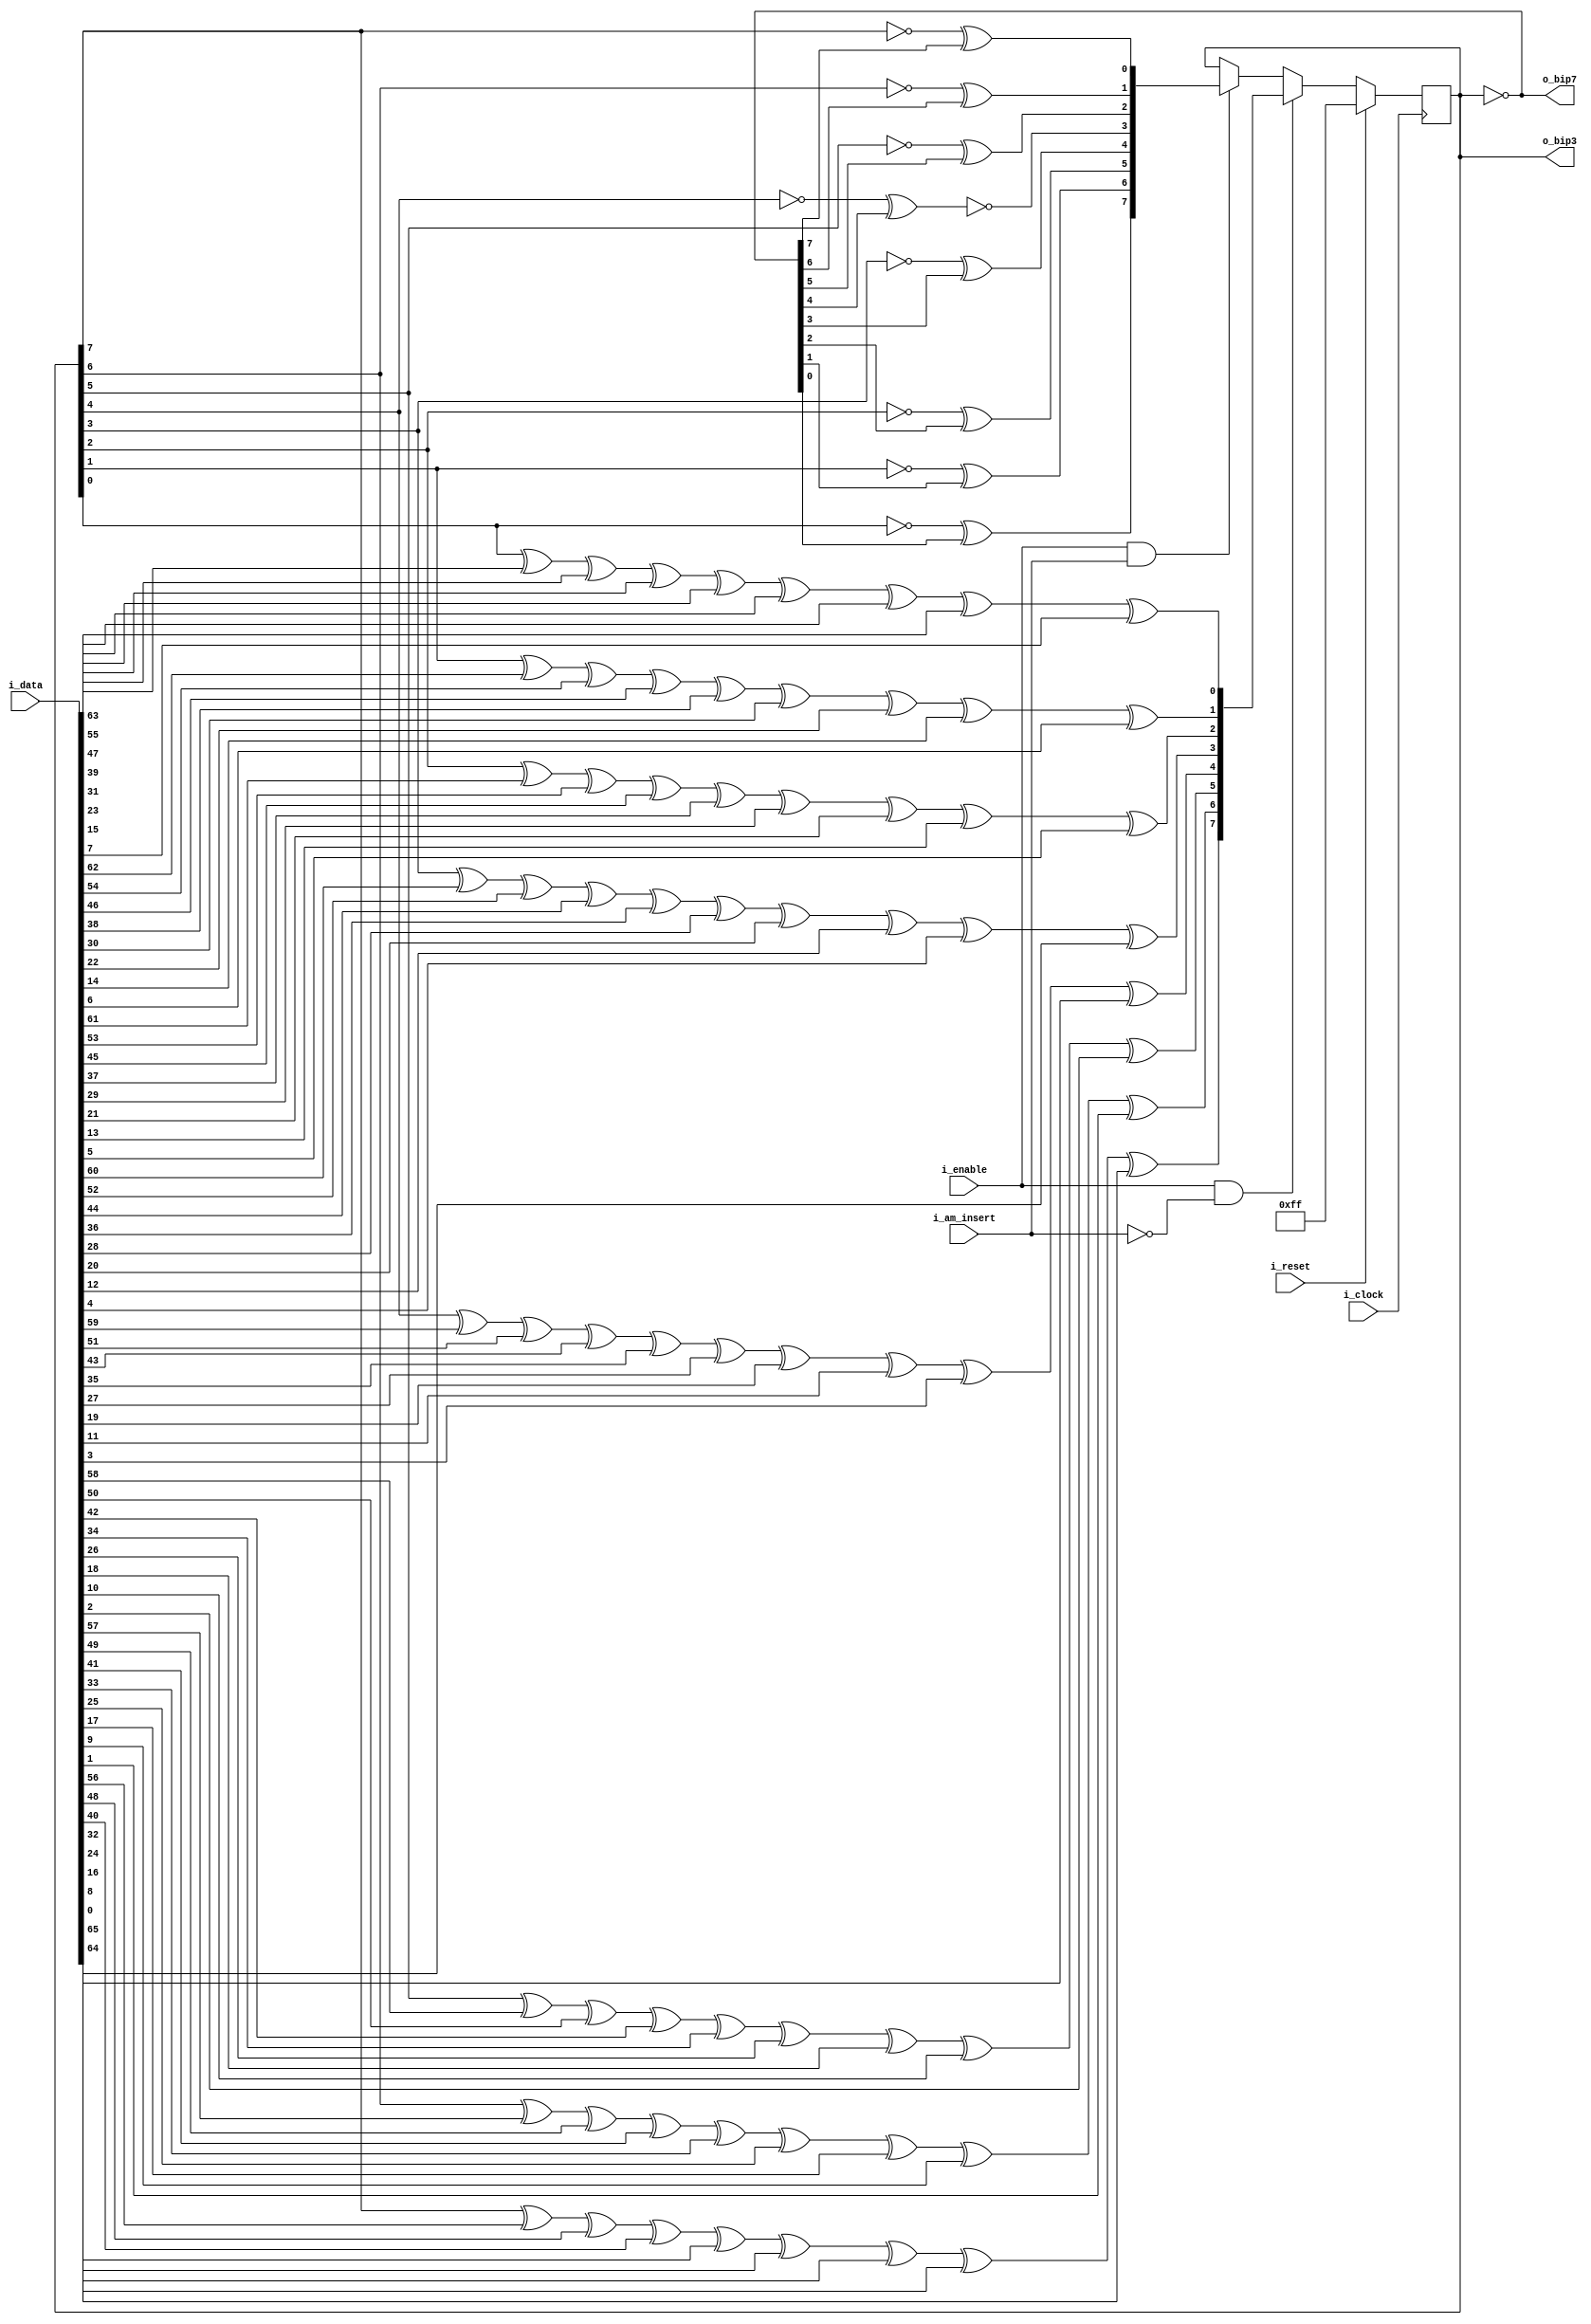

/*
  Calculadora de paridad intercalada
*/

module bip_calculator
#(
    parameter LEN_CODED_BLOCK = 66,
    parameter AM_ENCODING_LOW  = 24'd0, //{M0,M1,M2} tabla 82-2
	parameter AM_ENCODING_HIGH = 24'd0,  //{M4,M5,M6} tabla 82-2
    parameter NB_BIP = 8
 )
 (
    input wire                          i_clock,
    input wire                          i_reset,
    input wire  [LEN_CODED_BLOCK-1 : 0] i_data,
    input wire                          i_enable,
    input wire				            i_am_insert,

    output wire [NB_BIP-1 : 0]          o_bip3,
    output wire [NB_BIP-1 : 0]          o_bip7
 );


localparam CTRL_SH = 2'b10;

//INTERNAL SIGNALS
integer i;
reg  [0 : LEN_CODED_BLOCK-1] data;
reg  [NB_BIP-1 : 0] bip,bip_next,bip_rst;
reg  [0 : LEN_CODED_BLOCK-1] am_inv;
reg  [LEN_CODED_BLOCK-1: 0] am_block;


//PORTS
assign o_bip3 = bip;
assign o_bip7 = ~bip;


//Update state
always @ (posedge i_clock)
 begin
    if(i_reset) //[CHECK]
        bip <= {8{1'b1}};
    else if (i_enable && ~i_am_insert)
        bip <= bip_next;
    else if (i_enable && i_am_insert)
    	bip <= bip_rst;
 end

//Parity calculation
always @ *
begin
    bip_next 	= bip[NB_BIP-1 : 0];
    bip_rst 	= {NB_BIP{1'b1}};
    //am_block 	= data <= {CTRL_SH,AM_ENCODING_LOW,bip,AM_ENCODING_HIGH,~bip};
    am_block 	= {CTRL_SH,AM_ENCODING_LOW,bip,AM_ENCODING_HIGH,~bip};
    am_inv 		= am_block;

    data = i_data;
    for(i=0; i<((LEN_CODED_BLOCK-2)/8); i=i+1)
    begin
           bip_next[0] = bip_next[0] ^ data[2+(8*i)] ;
           bip_next[1] = bip_next[1] ^ data[3+(8*i)] ;
           bip_next[2] = bip_next[2] ^ data[4+(8*i)] ;
           bip_next[3] = bip_next[3] ^ data[5+(8*i)] ;
           bip_next[4] = bip_next[4] ^ data[6+(8*i)] ;
           bip_next[5] = bip_next[5] ^ data[7+(8*i)] ;
           bip_next[6] = bip_next[6] ^ data[8+(8*i)] ;
           bip_next[7] = bip_next[7] ^ data[9+(8*i)] ;
   end
   bip_next[3] =bip_next[3] ^ data[0];
   bip_next[4] =bip_next[4] ^ data[1];

    for(i=0; i<((LEN_CODED_BLOCK-2)/8); i=i+1)
    begin
       bip_rst[0] = bip_rst[0] ^ am_inv[2+(8*i)] ;
       bip_rst[1] = bip_rst[1] ^ am_inv[3+(8*i)] ;
       bip_rst[2] = bip_rst[2] ^ am_inv[4+(8*i)] ;
       bip_rst[3] = bip_rst[3] ^ am_inv[5+(8*i)] ;
       bip_rst[4] = bip_rst[4] ^ am_inv[6+(8*i)] ;
       bip_rst[5] = bip_rst[5] ^ am_inv[7+(8*i)] ;
       bip_rst[6] = bip_rst[6] ^ am_inv[8+(8*i)] ;
       bip_rst[7] = bip_rst[7] ^ am_inv[9+(8*i)] ;
   end
   bip_rst[3] =bip_rst[3] ^ am_inv[0];
   bip_rst[4] =bip_rst[4] ^ am_inv[1];
end

endmodule